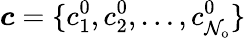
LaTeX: \boldsymbol{c}=\{ c_{1}^{0},c_{2}^{0},\ldots,c_{\mathcal{N}_{\mathrm{{o}}}}^{0}\}